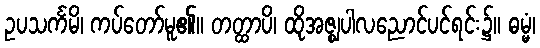
ဥပသင်္ကမိ၊ ကပ်တော်မူ၏။ တတ္ထာပိ၊ ထိုအဇ္ဈပါလညောင်ပင်ရင်း၌။ ဓမ္မံ၊